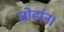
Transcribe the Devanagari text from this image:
जोर्डान।